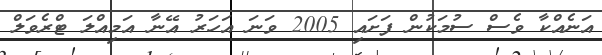
އަނެއްކާ ވެސް ސުމަކުން ފަށައި 2005 ވަނަ އަހަރު އޭނާ އަމިއްލަ ޓްރެވަލް